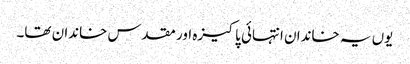
یوں یہ خاندان انتہائی پاکیزہ اور مقدس خاندان تھا۔